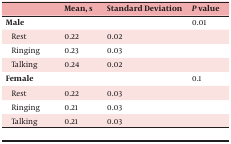
|  | Mean, s | Standard Deviation | P value |
 | --- | --- | --- | --- |
 | Male |  |  | 0.01 |
 | Rest | 0.22 | 0.02 |  |
 | Ringing | 0.23 | 0.03 |  |
 | Talking | 0.24 | 0.02 |  |
 | Female |  |  | 0.1 |
 | Rest | 0.22 | 0.03 |  |
 | Ringing | 0.21 | 0.03 |  |
 | Talking | 0.21 | 0.03 |  |